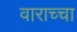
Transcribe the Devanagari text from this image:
वाराच्चा